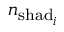
n _ { \mathrm { s h a d } _ { i } }